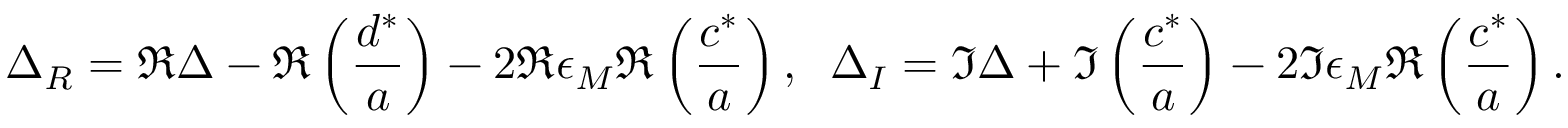
\Delta _ { R } = \Re \Delta - \Re \left( { \frac { d ^ { * } } { a } } \right) - 2 \Re \epsilon _ { M } \Re \left( { \frac { c ^ { * } } { a } } \right) , \; \; \Delta _ { I } = \Im \Delta + \Im \left( { \frac { c ^ { * } } { a } } \right) - 2 \Im \epsilon _ { M } \Re \left( \frac { c ^ { * } } { a } \right) .